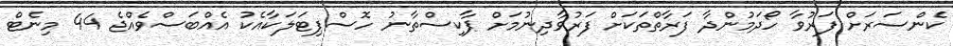
ކެންސަރަށް ފަރުވާ ހޯދަމުންދާ ފަރާތްތަކަށް ފަރުވާދިނުމަށް ޕާކިސްތާނު ހޮސްޕިޓަލަކާއެކު އެއްބަސްވެއްޖެ 44 މިނެޓް